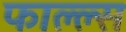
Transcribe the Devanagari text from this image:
फाल्ल्स